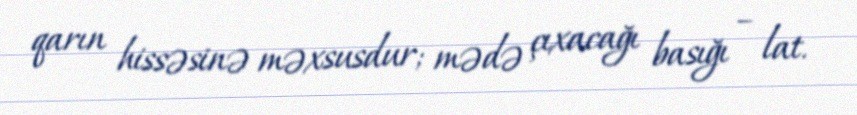
qarın hissəsinə məxsusdur; mədə çıxacağı basığı – lat.